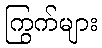
ကြွက်များ